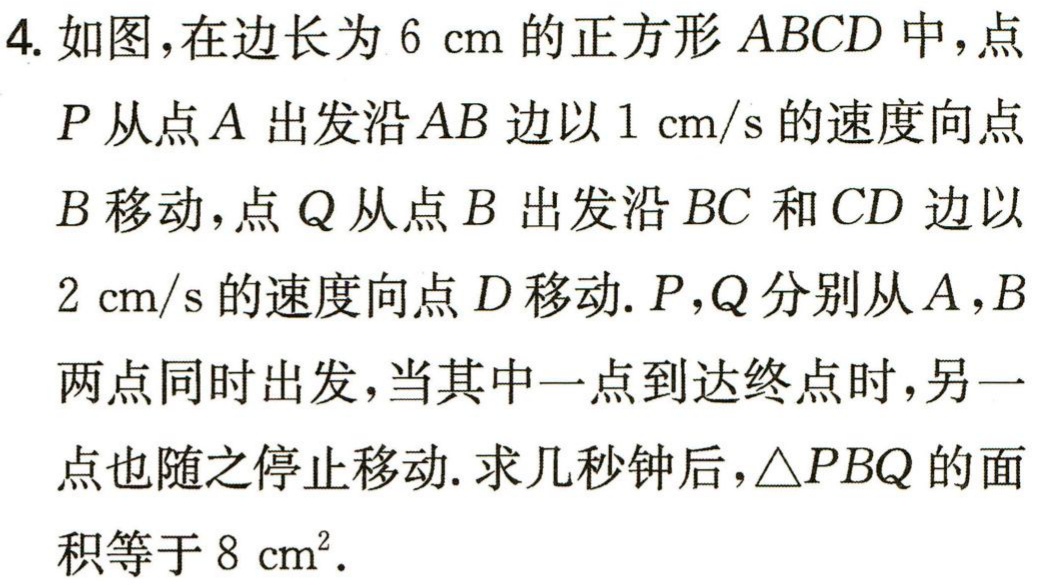
4. 如图，在边长为 \(6\mathrm{cm}\) 的正方形 \(ABCD\) 中，点 \(P\) 从点 \(A\) 出发沿 \(AB\) 边以 \(1\mathrm{cm/s}\) 的速度向点 \(B\) 移动，点 \(Q\) 从点 \(B\) 出发沿 \(BC\) 和 \(CD\) 边以 \(2\mathrm{cm/s}\) 的速度向点 \(D\) 移动. \(P,Q\) 分别从 \(A,B\) 两点同时出发，当其中一点到达终点时，另一点也随之停止移动. 求几秒钟后，\(\triangle PBQ\) 的面积等于 \(8\mathrm{cm}^{2}\).